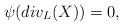
LaTeX: \begin{align*} \psi(div_L(X))=0,\end{align*}